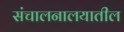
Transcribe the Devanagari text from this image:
संचालनालयातील